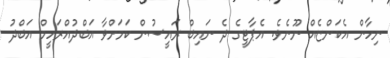
ނިހާން އެކަންޏެއް ނޫނެވެ. އެޕާޓީގެ ދެ ނައިބް ރައީސުން ކަމަށްވާ އަބްދުއްރަހީމް އަބްދު